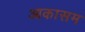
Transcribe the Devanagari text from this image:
आकासम